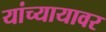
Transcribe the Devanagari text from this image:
यांच्यायावर